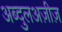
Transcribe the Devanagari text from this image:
अब्दुलअज़ीज़